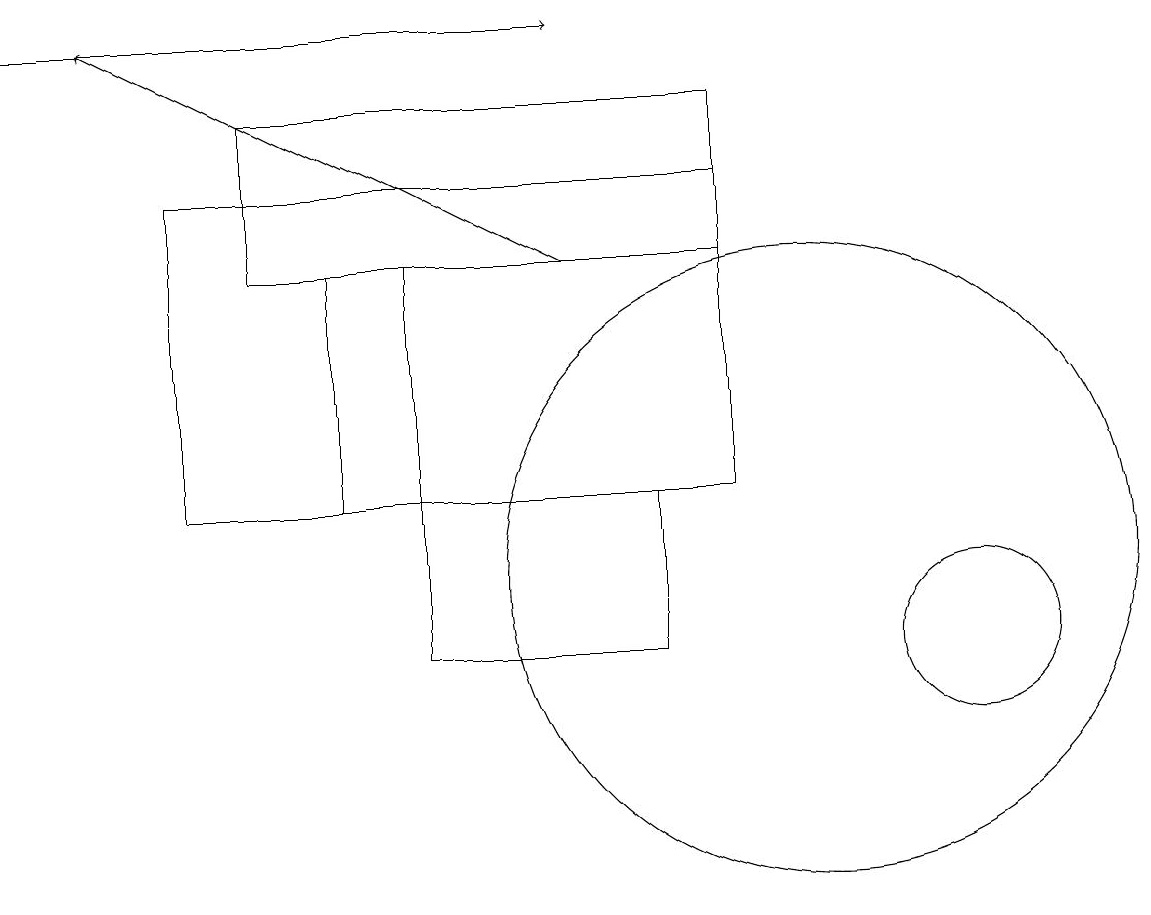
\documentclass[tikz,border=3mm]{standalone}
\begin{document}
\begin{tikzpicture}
\draw (10,11) circle (4);
\draw (9,12) rectangle (2,16);
\draw[->] (7,15) -- (1,18);
\draw (8,10) rectangle (5,12);
\draw (9,15) rectangle (3,17);
\draw (12,10) circle (1);
\draw[->] (0,18) -- (7,18);
\draw (4,15) rectangle (5,12);
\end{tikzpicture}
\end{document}